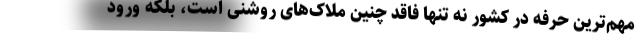
مهم‌ترین حرفه در کشور نه تنها فاقد چنین ملاک‌های روشنی است، بلکه ورود